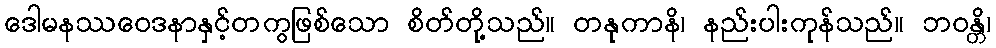
ဒေါမနဿဝေဒနာနှင့်တကွဖြစ်သော စိတ်တို့သည်။ တနုကာနိ၊ နည်းပါးကုန်သည်။ ဘဝန္တိ၊